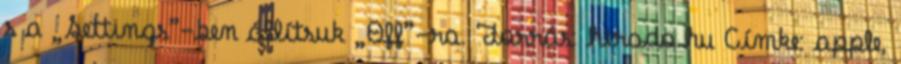
s a „Settings”-ben állítsuk „Off”-ra. Forrás: hirado.hu Címke: apple,